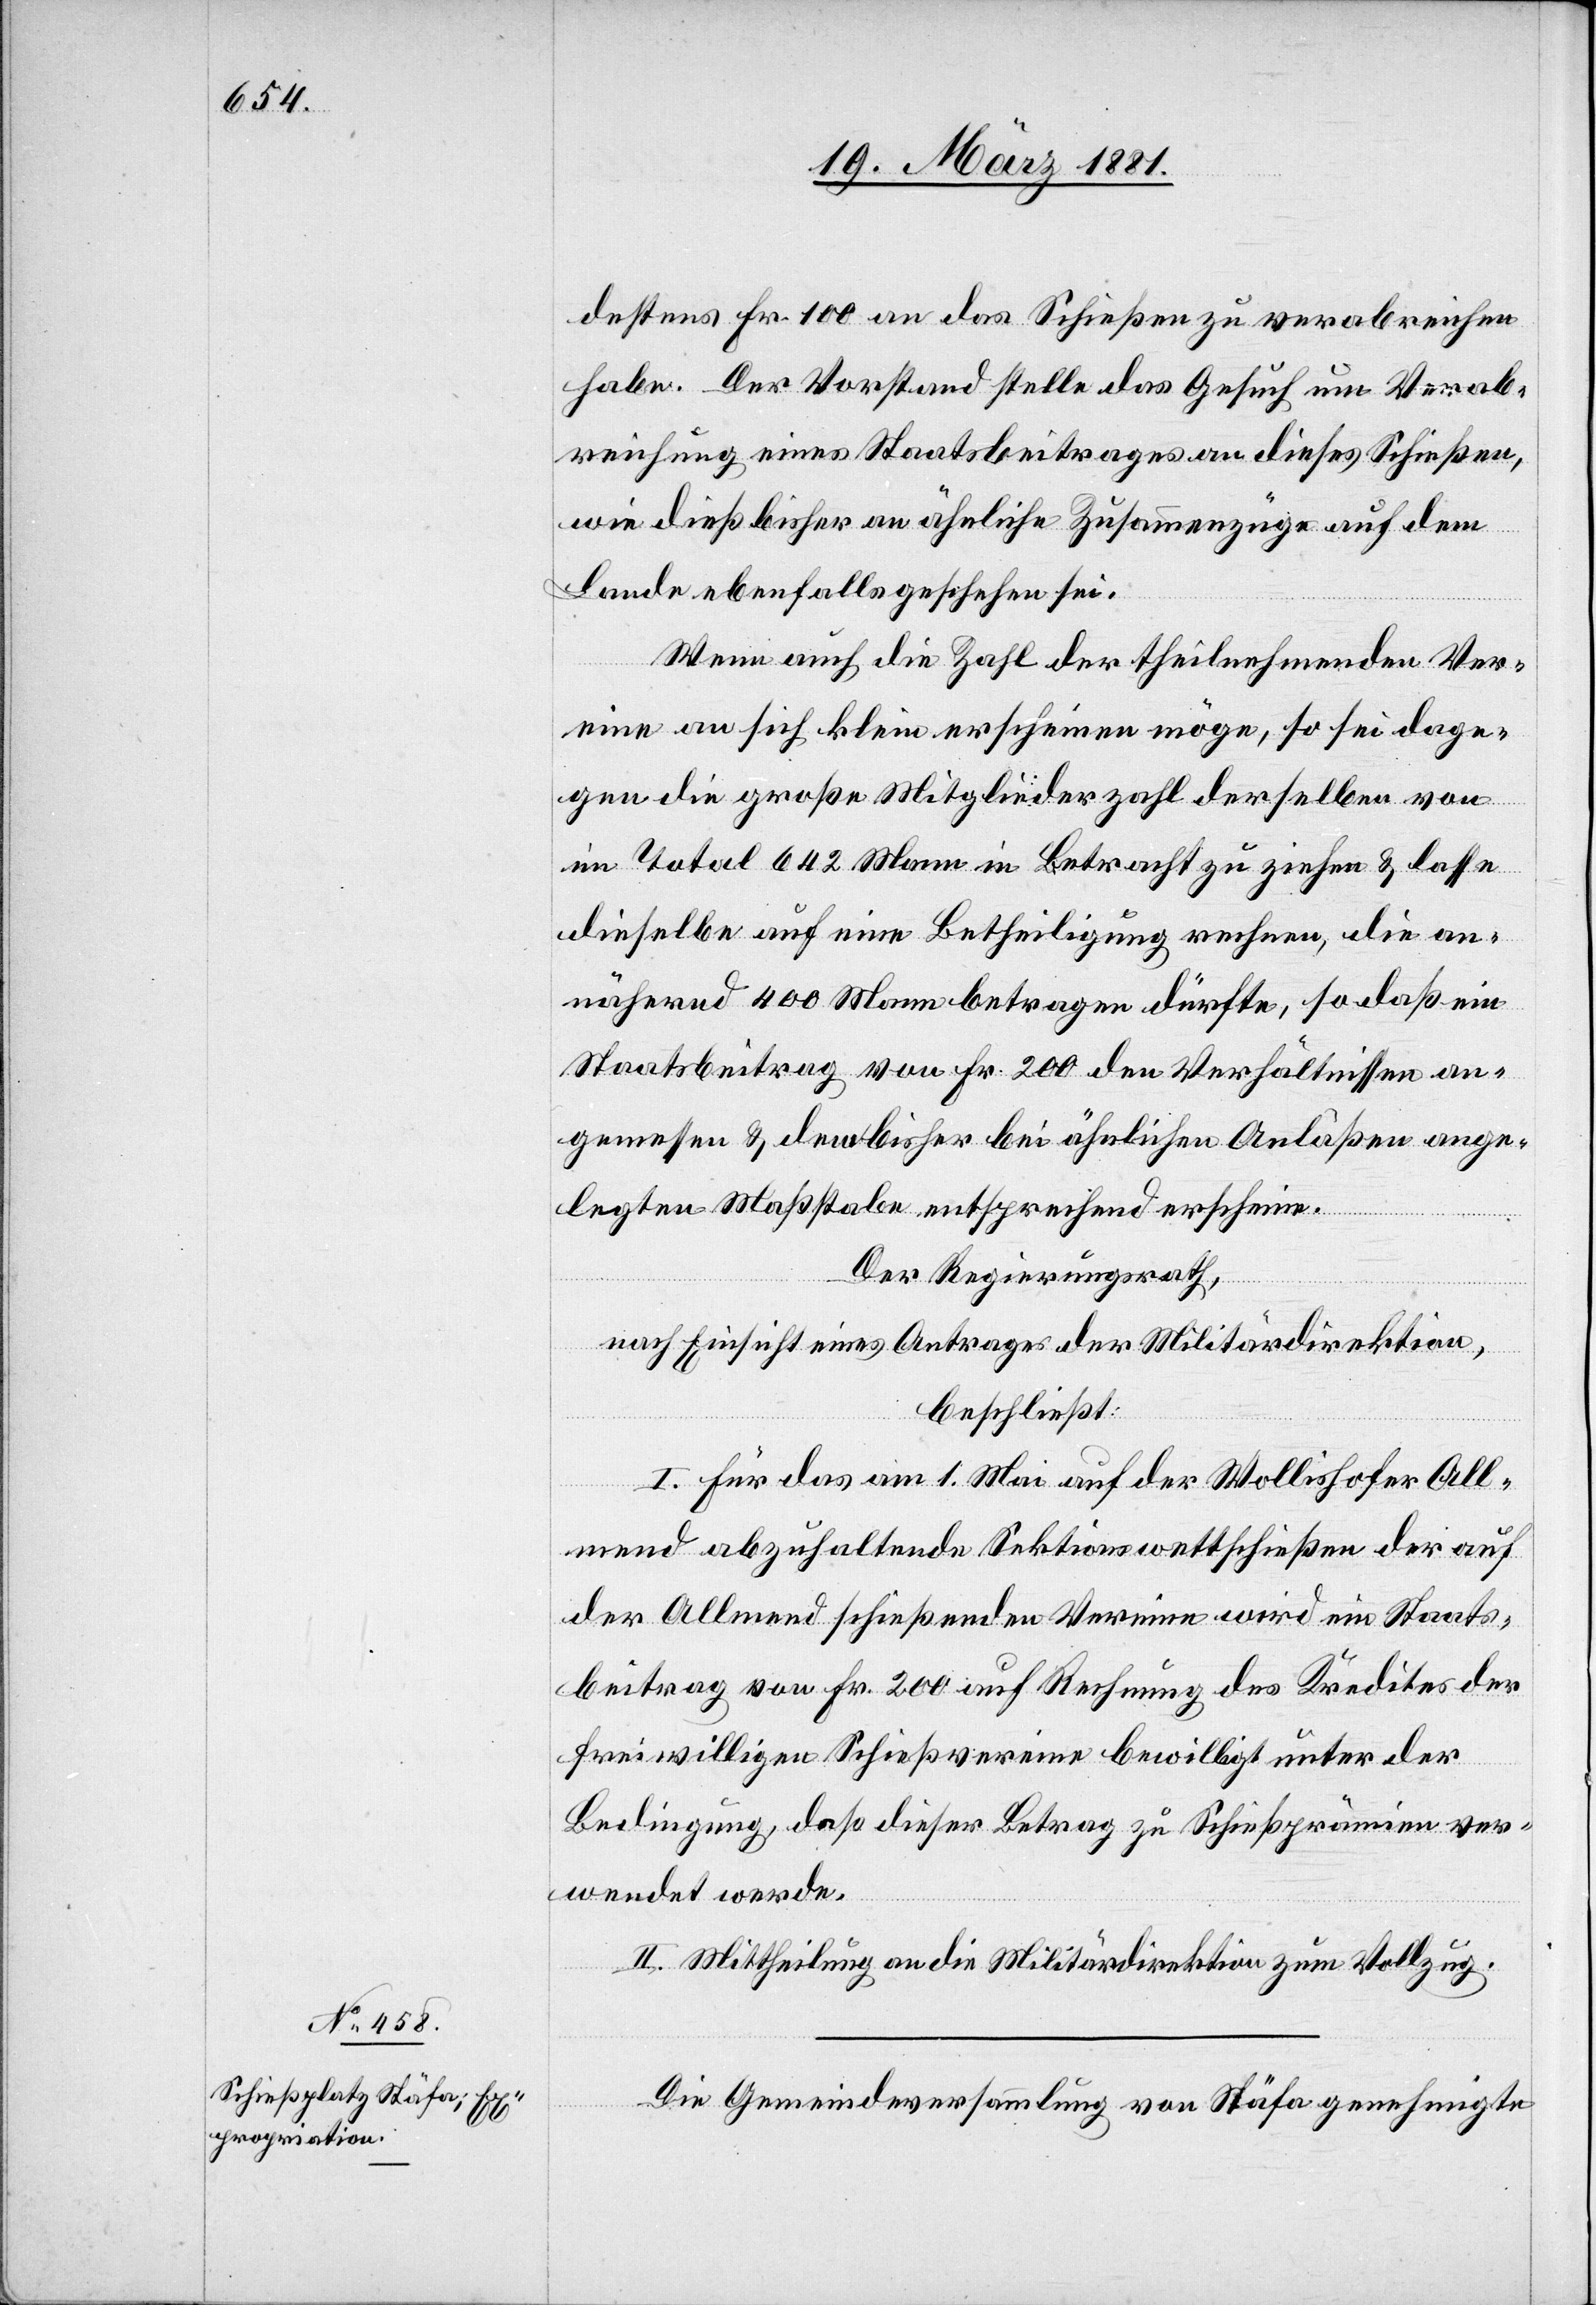
destens Fr. 100 an das Schießen zu verabreichen
habe. Der Vorstand stelle das Gesuch um Verab¬
reichung eines Staatsbeitrages an dieses Schießen,
wie dieß bisher an ähnliche Zusammenzüge auf dem
Lande ebenfalls geschehen sei.
Wenn auch die Zahl der theilnehmenden Ver¬
eine an sich klein erscheinen möge, so sei dage¬
gen die große Mitgliederzahl derselben von
im Total 642 Mann in Betracht zu ziehen & lasse
dieselbe auf eine Betheiligung rechnen, die an¬
nähernd 400 Mann betragen dürfte, so daß ein
Staatsbeitrag von Fr. 200 den Verhältnissen an¬
gemessen & dem bisher bei ähnlichen Anläßen ange¬
legten Maßstabe entsprechend erscheine.
Der Regierungsrath,
nach Einsicht eines Antrages der Militärdirektion,
beschließt:
I. Für das am 1. Mai auf der Wollishofer All¬
mend abzuhaltende Sektionswettschießen der auf
der Allmend schießenden Vereine wird ein Staats¬
beitrag von Fr. 200 auf Rechnung des Kredites der
freiwilligen Schießvereine bewilligt unter der
Bedingung, daß dieser Betrag zu Schießprämien ver¬
wendet werde.
II. Mittheilung an die Militärdirektion zum Vollzug.
Die Gemeindeversammlung von Stäfa genehmigte